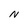
Character: N